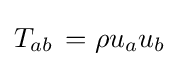
T_{ab}\,=\rho u_{a}u_{b}